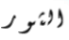
الثور